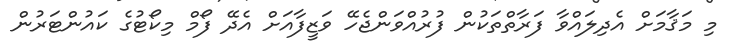
މި މަޤާމަށް އެދިލައްވާ ފަރާތްތަކުން ފުރުއްވަންޖެހޭ ވަޒީފާއަށް އެދޭ ފޯމް މިކޯޓުގެ ކައުންޓަރުން